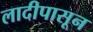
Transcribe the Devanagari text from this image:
लादीपासून